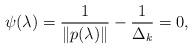
LaTeX: \begin{align*}\psi(\lambda)=\frac{1}{\|p(\lambda)\|}-\frac{1}{\Delta_k}=0,\end{align*}